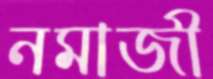
নমাজী